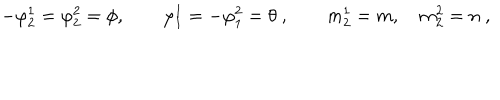
- \varphi _ { 2 } ^ { 1 } = \varphi _ { 2 } ^ { 2 } = \phi , \qquad \varphi _ { 1 } ^ { 1 } = - \varphi _ { 1 } ^ { 2 } = \theta ~ , \qquad m _ { 2 } ^ { 1 } = m , \quad m _ { 2 } ^ { 2 } = n ~ ,